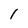
Character: I